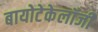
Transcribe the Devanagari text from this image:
बायोटेकेलॉजी